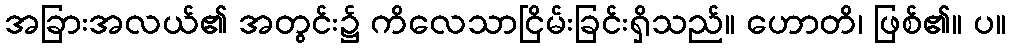
အခြားအလယ်၏ အတွင်း၌ ကိလေသာငြိမ်းခြင်းရှိသည်။ ဟောတိ၊ ဖြစ်၏။ ပ။